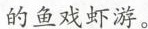
的鱼戏虾游。